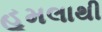
હૂમલાથી